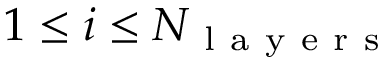
1 \leq i \leq N _ { \mathrm { ~ l ~ a ~ y ~ e ~ r ~ s ~ } }